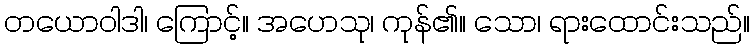
တယောဝါဒါ၊ ကြောင့်။ အဟေသု၊ ကုန်၏။ သော၊ ရားထောင်းသည်။